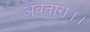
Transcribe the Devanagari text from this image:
अवतारा।।